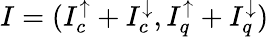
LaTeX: I=(I_{c}^{\uparrow}+I_{c}^{\downarrow},I_{q}^{\uparrow}+I_{q}^{\downarrow})